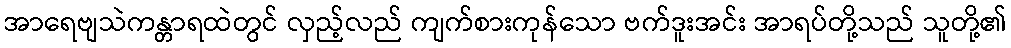
အာရေဗျသဲကန္တာရထဲတွင် လှည့်လည် ကျက်စားကုန်သော ဗက်ဒူးအင်း အာရပ်တို့သည် သူတို့၏